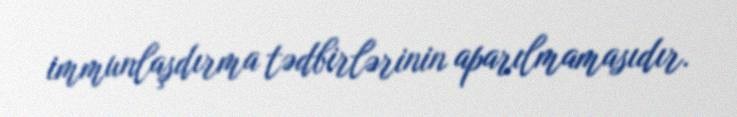
immunlaşdırma tədbirlərinin aparılmamasıdır.